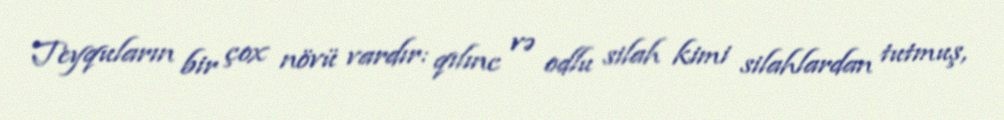
Teyquların bir çox növü vardır: qılınc və odlu silah kimi silahlardan tutmuş,